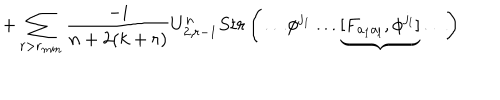
LaTeX: + \sum _ { r > r _ { m i n } } \frac { - i } { n + 2 ( k + r ) } U _ { 2 , r - 1 } ^ { n } S t r \left( \ldots \phi ^ { j _ { 1 } } \ldots \underbrace { [ F _ { a _ { 1 } a _ { l } } , \phi ^ { j _ { l } } ] } \ldots \right)